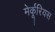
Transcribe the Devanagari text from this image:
मेर्कूरियस